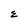
Character: E